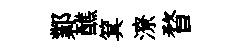
鄴醮箕潦瞀